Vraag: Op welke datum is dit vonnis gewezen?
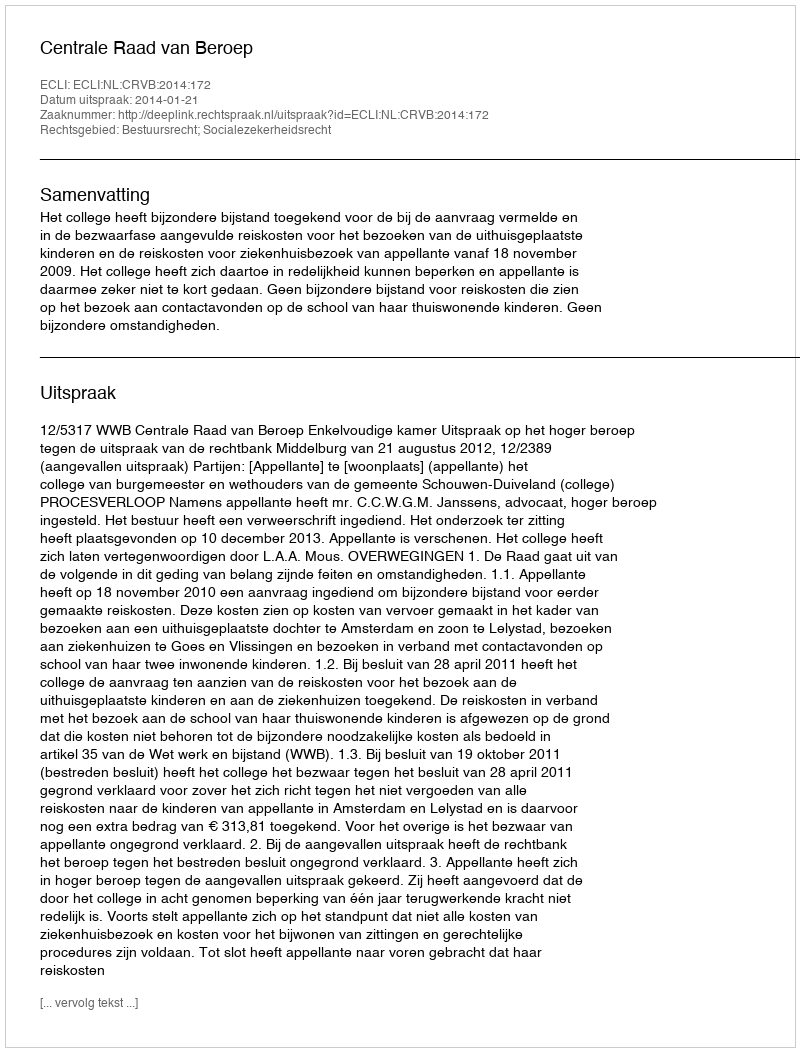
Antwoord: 2014-01-21